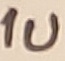
Text: 1u